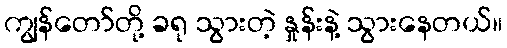
ကျွန်တော်တို့ ခရု သွားတဲ့ နှုန်းနဲ့ သွားနေတယ်။